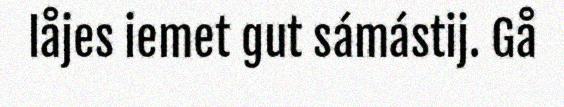
låjes iemet gut sámástij. Gå